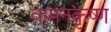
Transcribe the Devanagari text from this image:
वामनकृष्ण